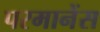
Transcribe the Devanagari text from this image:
परमानेंस